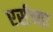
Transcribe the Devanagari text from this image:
एर्सच्या